Report of the Indian Hemp Drugs Commission, 1894-1895 - Volume VII
Year: 1894
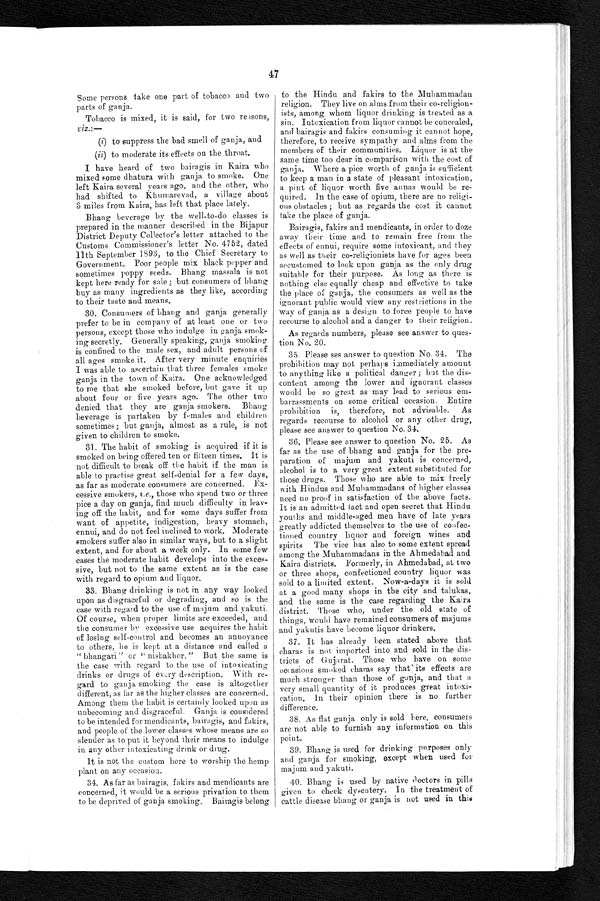
47
Some persons take one part of tobacco and two
parts of ganja.
Tobacco is mixed, it is said, for two reasons,
viz.:—
(i) to suppress the bad smell of ganja, and
( i i
) t o m o d e r a t e i t s e f f e c t s o n t h e t h r o a t .
I have heard of two bairagis in Kaira who
mixed some dhatura with ganja to smoke. One
left Kaira several years ago, and the other, who
had shifted to Khumarevad, a village about
3 miles from Kaira, has left that place lately.
Bhang beverage by the well-to-do classes is
prepared in the manner described in the Bijapur
District Deputy Collector's letter attached to the
C u s t o m s C o m m i s s i o n e r ' s l e t t e r N o . 4 7 5 2 , d a t e d
1 1 t h S e p t e m b e r 1 8 9 3 , t o t h e C h i e f S e c r e t a r y t o
Government. Poor people mix black pepper and
sometimes poppy seeds. Bhang massala is not
kept here ready for sale ; but consumers of bhang
buy as many ingredients as they like, according
to their taste and means.
30. Consumers of bhang and ganja generally
prefer to be in company of at least one or two
persons, except those who indulge in ganja smok
-
ing secretly. Generally speaking, ganja smoking
is confined to the male sex, and adult persons of
all ages smoke it. After very minute enquiries
I was able to ascertain that three females smoke
ganja in the town of Kaira. One acknowledged
to me that she smoked before, but gave it up
about four or five years ago. The other two
denied that they are ganja smokers. Bhang
beverage is partaken by females and children
sometimes; but ganja, almost as a rule, is not
given to children to smoke.
31. The habit of smoking is acquired if it is
smoked on being offered ten or fifteen times, It is
not difficult to break off the habit if the man is
able to practise great self-denial for a few days,
as far as moderate consumers are concerned. Ex
-
cessive smokers, i.e ., those who spend two or three
pice a day on ganja, find much difficulty in leav
-
ing off the habit, and for some days suffer from
want of appetite, indigestion, heavy stomach,
ennui, and do not feel inclined to work. Moderate
smokers suffer also in similar ways, but to a slight
extent, and for about a week only. In some few
cases the moderate habit develops into the exces
-
sive, but not to the same extent as is the case
with regard to opium and liquor.
33. Bhang drinking is not in any way looked
upon as disgraceful or degrading, and so is the
case with regard to the use of majum and yakuti.
Of course, when proper limits are exceeded, and
the consumer by excessive use acquires the habit
of losing self-control and becomes an annoyance
to others, he is kept at a distance and called a
"bhangari" or "nishakhor." But the same is
the case with regard to the use of intoxicating
drinks or drugs of every description. With re
-
gard to ganja smoking the case is altogether
different, as far as the higher classes are concerned.
Among them the habit is certainly looked upon as
unbecoming and disgraceful. Ganja is considered
to be intended for mendicants, bairagis, and fakirs,
and people of the lower classes whose means are so
slender as to put it beyond their means to indulge
in any other intoxicating drink or drug.
It is not the custom here to worship the hemp
plant on any occasion.
34. As far as bairagis, fakirs and mendicants are
concerned, it would be a serious privation to them
to be deprived of ganja smoking. Bairagis belong
to the Hindu and fakirs to the Muhammadan
religion. They live on alms from their co-religion
-
ists, among whom liquor drinking is treated as a
sin. Intoxication from liquor cannot be concealed,
and bairagis and fakirs consuming it cannot hope,
therefore, to receive sympathy and alms from the
members of their communities. Liquor is at the
same time too dear in comparison with the cost of
ganja. Where a pice worth of ganja is sufficient
to keep a man in a state of pleasant intoxication,
a pint of liquor worth five annas would be re
-
quired. In the case of opium, there are no religi
-
ous obstacles ; but as regards the cost it cannot
take the place of ganja.
Bairagis, fakirs and mendicants, in order to doze
away their time and to remain free from the
effects of ennui, require some intoxicant, and they
as well as their co-religionists have for ages been
accustomed to look upon ganja as the only drug
suitable for their purpose. As long as there is
nothing else equally cheap and effective to take
the place of ganja, the consumers as well as the
ignorant public would view any restrictions in the
way of ganja as a design to force people to have
recourse to alcohol and a danger to their religion.
As regards numbers, please see answer to ques
-
tion No. 20.
35. Please ses answer to question No. 34. The
prohibition may not perhaps immediately amount
to anything like a political danger ; but the dis
-
content among the lower and ignorant classes
would be so great as may lead to serious em
-
barrassments on some critical occasion. Entire
prohibition is, therefore, not advisable. As
regards recourse to alcohol or any other drug,
please see answer to question No. 34.
36. Please see answer to question No. 25. As
far as the use of bhang and ganja for the pre
-
paration of majum and yakuti is concerned,
alcohol is to a very great extent substituted for
those drugs. Those who are able to mix freely
w i t h H i n d u s a n d M u h a m m a d a n s o f h i g h e r c l a s s e s
need no proof in satisfaction of the above facts.
It is an admitted fact and open secret that Hindu
youths and middle-aged men have of late years
greatly addicted themselves to the use of confec
-
tioned country liquor and foreign wines and
spirits The vice has also to some extent spread
among the Muhammadans in the Ahmedabad and
Kaira districts. Formerly, in Ahmedabad, at two
or three shops, confectioned country liquor was
sold to a limited extent. Now-a-days it is sold
at a good many shops in the city and talukas,
and the same is the case regarding the Kaira
district. Those who, under the old state of
things, would have remained consumers of majums
and yakutis have become liquor drinkers.
37. It has already been stated above that
charas is not imported into and sold in the dis
-
tricts of Gujarat. Those who have on some
occasions smoked charas say that its effects are
much stronger than those of ganja, and that a
very small quantity of it produces great intoxi
-
cation, In their opinion there is no further
difference.
38. As flat ganja only is sold here, consumers
are not able to furnish any information on this
point.
39. Bhang is used for drinking purposes only
and ganja for smoking, except when used for
majum and yakuti.
40. Bhang is used by native doctors in. pills
given to check dysentery. In the treatment of
cattle disease bhang or ganja is not used in this